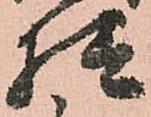
様